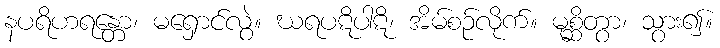
နပရိဟရန္တော၊ မရှောင်လွဲ။ ဃရပဋိပါဋိ၊ အိမ်စဉ်လိုက်။ မုစ္ဆိတွာ၊ သွား၍။